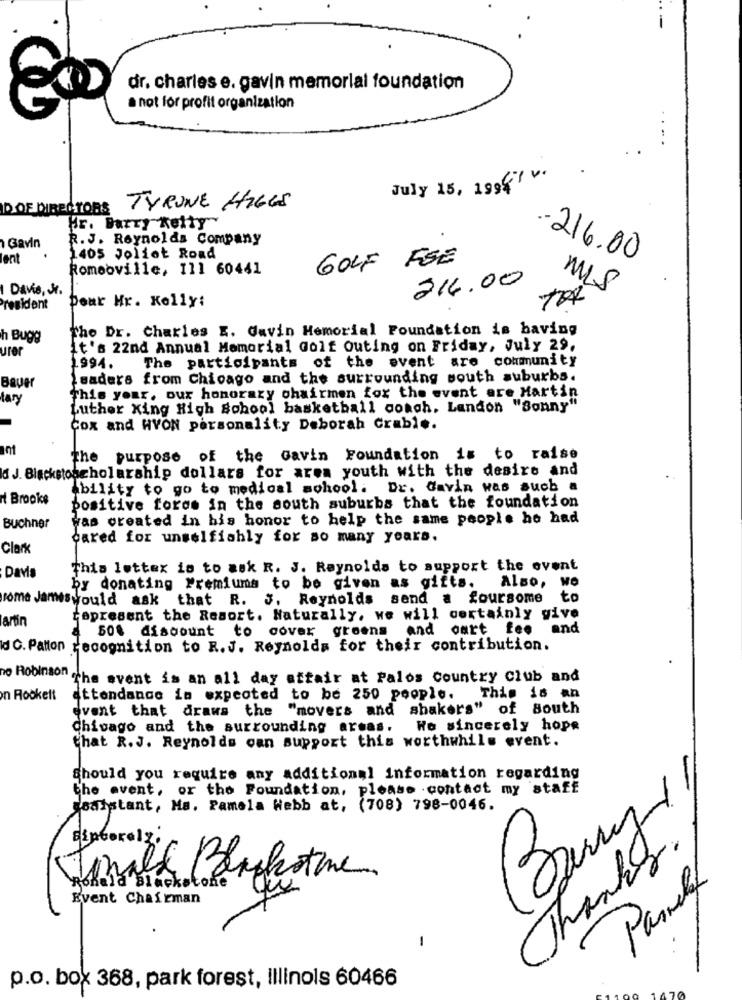
dr. charles e. gavin memorial foundation
a not for profit organization
July 15, 1996 .
DOE DIRECTORS TYRONE HIGGS
Hr. Barry Kelty
R. J. Reynolds Company
Gavin
ent
1405 Joliot Road
GOLF FEE
- 216.00
Romeoville, 111 60441
214.00
Davis, Sr.
MIS
pour Hr. Kelly:
President
The Dr. Charles E. Gavin Memorial Foundation is baving
h Bugg
urer
it's 22nd Annual Memorial Golf outing on Friday, July 29,
1994.
The participants of the event are community
Leaders from Chicago and the surrounding south suburbs.
Bauer
This year, our honorary ohairmen for the event ere Martin
lary
Luther King High School basketball congh. Landon "Sonny"
Cox and HVON personality Deborah Crable.
The purpose of the Gavin Foundation is to raise
Id J. Blackstoscholarship dollars for area youth with the desire and
Ability to go to medical school. Dr. Gavin was such a
i Brooke
positive fores in the south suburbs that the foundation
was created in his honor to help the same people he had
Buchner
cared for unselfishly for so many years.
Clark
Davis
This lettex is to ask R. J. Reynolds to support the event
Also, WO
by donating Premiums to be given as gifts.
rome James would ask that R. J. Reynolds send a foursome
to
artin
represent the Resort. Naturally, we will certainly give
50% discount to cover greens
and oart fee
and
dC. Patton recognition to R. J. Reynolds for their contribution.
no Robinson the event is an all day atfair at Palos country club and
n Rookelt
attendance in expected to be 250 people. This is an
event that draws the "movers and shakers" of South
Chicago and the surrounding areas. We sincerely hope
that R.J. Reynolds can support this worthwhile event.
Should you require any additional information regarding
the event, or the Foundation, please contact my staff
saistant, Ma. Pamela Webb at, (708) 798-0046.
Thanks.
Janall Blackstone
Rela Blackstone
Parsely
Event Chairman
-
p.o. box 368, park forest, Illinois 60466